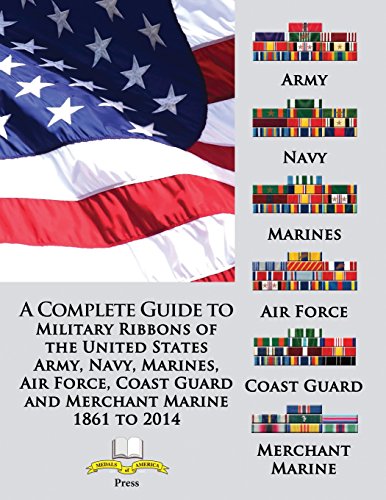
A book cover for A Complete Guide to Military Ribbons of the United States Army, Navy, Marines, Air Force, Coast Guard and Merchant Marine 1861 to 2014; Col Frank C. Foster (U. S. Army Ret); Crafts, Hobbies & Home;